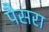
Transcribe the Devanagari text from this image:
पैसरा